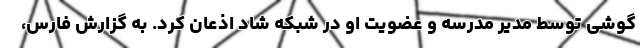
گوشی توسط مدیر مدرسه و عضویت او در شبکه شاد اذعان کرد. به گزارش فارس،